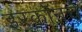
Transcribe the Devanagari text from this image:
इरकॉनचे